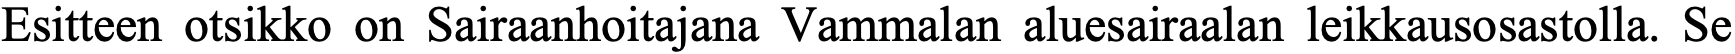
Esitteen otsikko on Sairaanhoitajana Vammalan aluesairaalan leikkausosastolla. Se